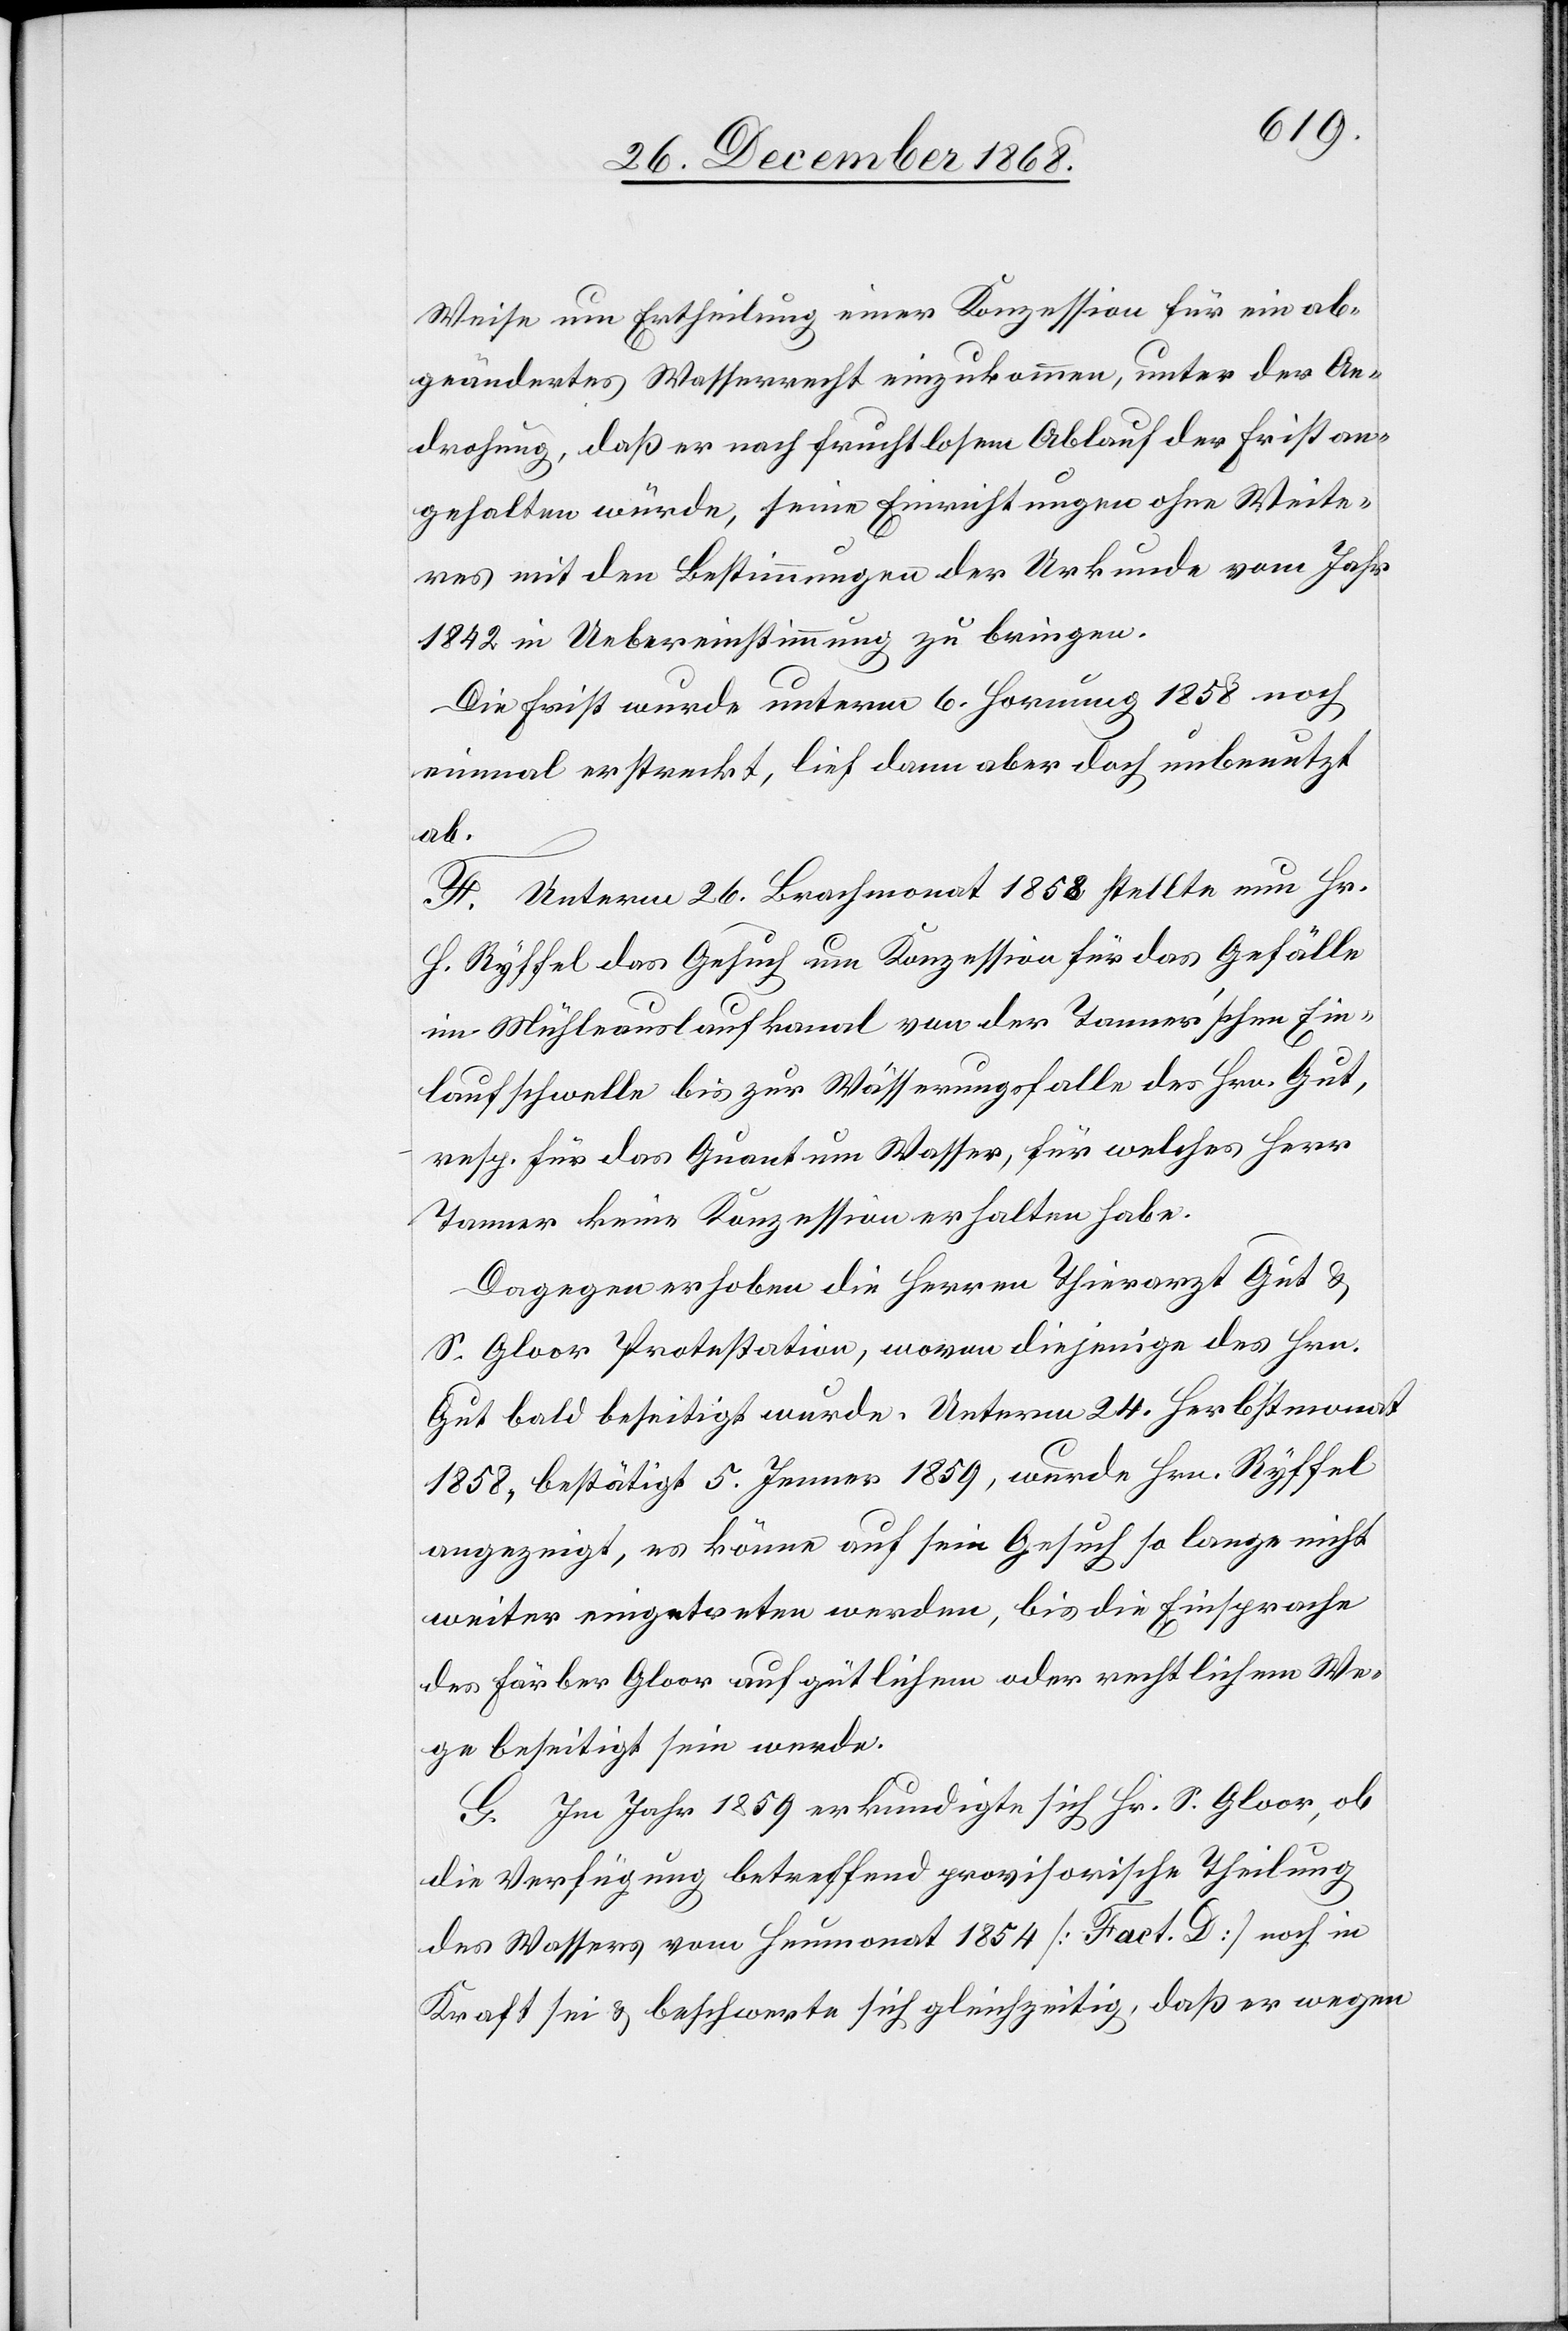
Weise um Ertheilung einer Konzession für ein ab¬
geändertes Wasserrecht einzukommen, unter der An¬
drohung, daß er nach fruchtlosem Ablauf der Frist an¬
gehalten würde, seine Einrichtungen ohne Weite¬
res mit den Bestimmungen der Urkunde vom Jahr
1842 in Uebereinstimmung zu bringen.
Die Frist wurde unterm 6. Hornung 1858 noch
einmal erstreckt, lief dann aber doch unbenutzt
ab.
F. Unterm 26. Brachmonat 1858 stellte nun Hr.
H. Ryffel das Gesuch um Konzession für das Gefälle
im Mühleauslaufkanal von der Tanner’schen Ein¬
laufschwelle bis zur Wässerungsfalle des Hrn. Gut,
resp. für das Quantum Wasser, für welches Herr
Tanner keine Konzession erhalten habe.
Dagegen erhoben die Herren Thierarzt Gut &
S. Gloor Protestation, wovon diejenige des Hrn.
Gut bald beseitigt wurde. Unterm 24. Herbstmonat
1858, bestätigt 5. Jenner 1859, wurde Hrn. Ryffel
angezeigt, es könne auf sein Gesuch so lange nicht
weiter eingetreten werden, bis die Einsprache
des Färber Gloor auf gütlichem oder rechtlichem We¬
ge beseitigt sein werde.
G. Im Jahr 1859 erkundigte sich Hr. S. Gloor, ob
die Verfügung betreffend provisorische Theilung
des Wassers vom Heumonat 1854 [Fact. D] noch in
Kraft sei & beschwerte sich gleichzeitig, daß er wegen